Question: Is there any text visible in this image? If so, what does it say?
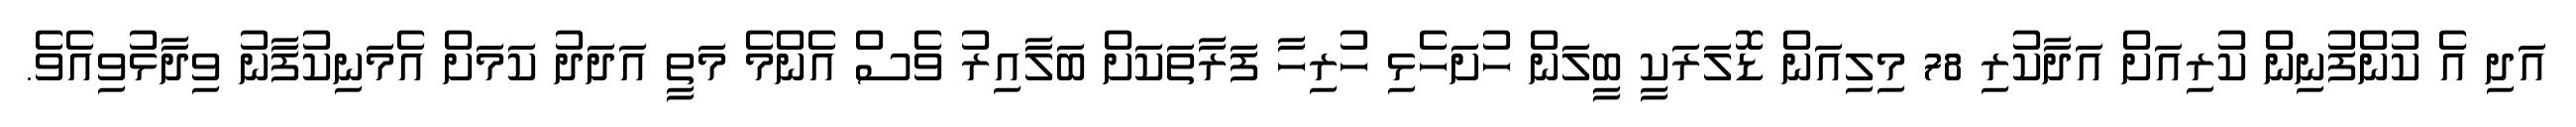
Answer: އަދި އެ ކުންފުނިން ކުރިއަށް އަދާކުރި 78 މިލިއަން ޑޮލަރަކީ ބީލަން ހުށަހެޅި ހުރިހާ ފަރާތަކަށް ބަލާއިރު ވެސް އެންމެ މަތީ އަދަދު ކަމަށް އެމަނިކުފާނު ވިދާޅުވިއެވެ.